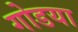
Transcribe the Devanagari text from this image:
गोडया